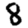
Digit: 8